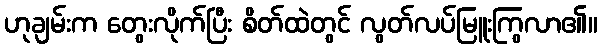
ဟုချမ်းက တွေးလိုက်ပြီး စိတ်ထဲတွင် လွတ်လပ်မြူးကြွလာ၏။